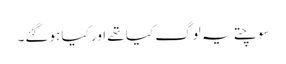
سوچتے یہ لوگ کیا تھے اور کیا ہوگئے۔